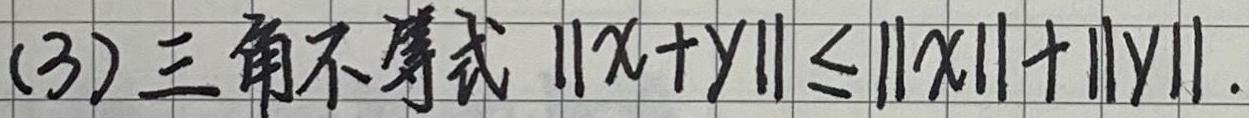
(3) 三角不等式 $\|x + y\| \leq \|x\| + \|y\|$.